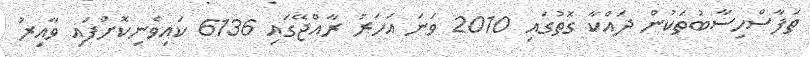
ތަފާސްހިސާބުތަކުން ދައްކާ ގޮތުގައި 2010 ވަނަ އަހަރު ރާއްޖޭގައި 6136 ކައިވެނިކޮށްފައި ވާއިރު